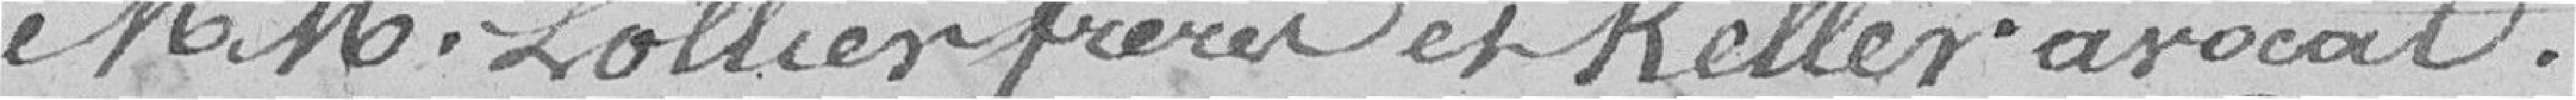
MM. Lolllier frères et Keller avocats.